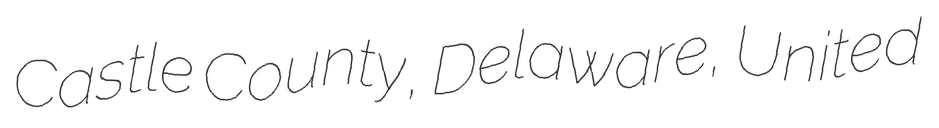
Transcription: Castle County, Delaware, United